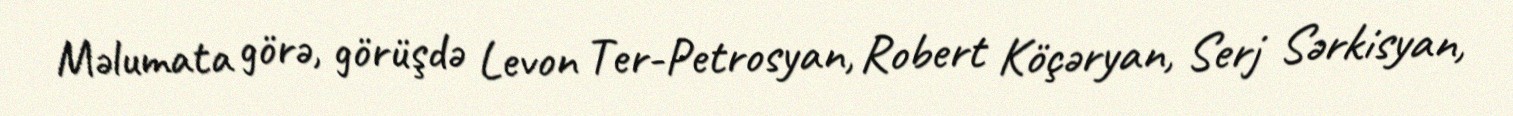
Məlumata görə, görüşdə Levon Ter-Petrosyan, Robert Köçəryan, Serj Sərkisyan,